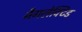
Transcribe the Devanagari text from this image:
नैगलेक्टिड